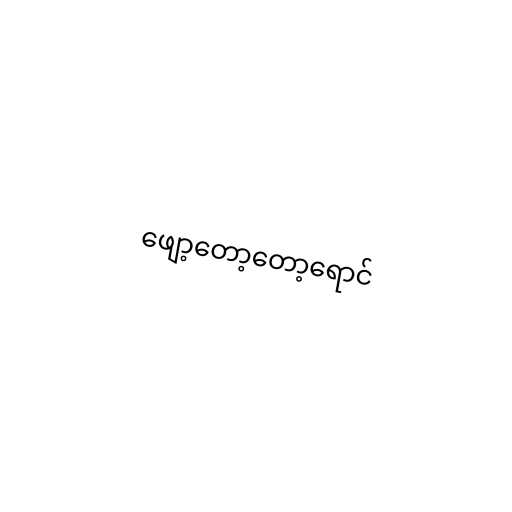
ဖျော့တော့တော့ရောင်